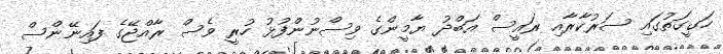
ހަގީގަތުގައި ސަރުކާރާއި ރައީސް އަބްދު ޔާމީންގެ ވިސްނުންފުޅު ހުރީ ވެސް ރާއްޖޭގެ ފައިނޭންސް